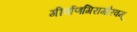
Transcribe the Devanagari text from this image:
गीर्वाणगिरागौरवम्